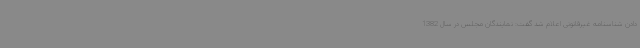
دادن شناسنامه غیرقانونی اعلام شد گفت: نمایندگان مجلس در سال 1382